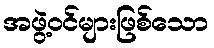
အဖွဲ့ဝင်များဖြစ်သော